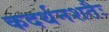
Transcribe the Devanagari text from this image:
कदर्थनशतैः